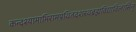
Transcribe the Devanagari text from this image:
कन्दश्यामाभिरामप्रथितदशरथब्रह्मविद्याविलासिन्